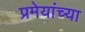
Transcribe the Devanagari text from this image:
प्रमेयांच्या